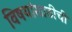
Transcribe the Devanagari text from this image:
विषयांसाठीची